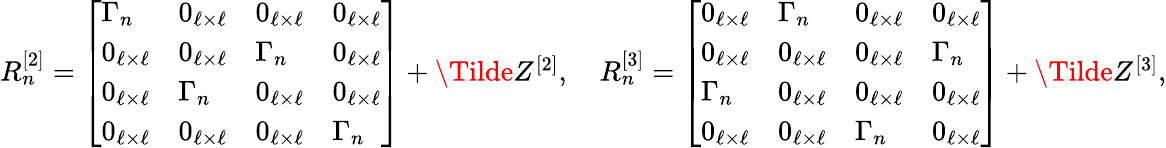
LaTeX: \begin{array}{r}{R_{n}^{[2]}=\left[\begin{array}{llll}{\Gamma_{n}}&{0_{\ell\times\ell}}&{0_{\ell\times\ell}}&{0_{\ell\times\ell}}\\ {0_{\ell\times\ell}}&{0_{\ell\times\ell}}&{\Gamma_{n}}&{0_{\ell\times\ell}}\\ {0_{\ell\times\ell}}&{\Gamma_{n}}&{0_{\ell\times\ell}}&{0_{\ell\times\ell}}\\ {0_{\ell\times\ell}}&{0_{\ell\times\ell}}&{0_{\ell\times\ell}}&{\Gamma_{n}}\end{array}\right]+\Tilde{Z}^{[2]},\quad R_{n}^{[3]}=\left[\begin{array}{llll}{0_{\ell\times\ell}}&{\Gamma_{n}}&{0_{\ell\times\ell}}&{0_{\ell\times\ell}}\\ {0_{\ell\times\ell}}&{0_{\ell\times\ell}}&{0_{\ell\times\ell}}&{\Gamma_{n}}\\ {\Gamma_{n}}&{0_{\ell\times\ell}}&{0_{\ell\times\ell}}&{0_{\ell\times\ell}}\\ {0_{\ell\times\ell}}&{0_{\ell\times\ell}}&{\Gamma_{n}}&{0_{\ell\times\ell}}\end{array}\right]+\Tilde{Z}^{[3]},}\end{array}